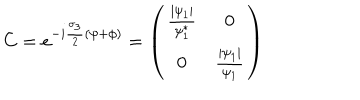
LaTeX: C = e ^ { - i \frac { \sigma _ { 3 } } { 2 } ( \psi + \phi ) } = \left( \begin{matrix} { { \frac { \mid \psi _ { 1 } \mid } { \psi _ { 1 } ^ { * } } } } & { { 0 } } \\ { { 0 } } & { { \frac { \mid \psi _ { 1 } \mid } { \psi _ { 1 } } } } \\ \end{matrix} \right)